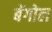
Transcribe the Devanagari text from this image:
बेंगोल